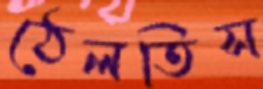
ঠেলতিস